Report of the Municipal Commissioner on the plague in Bombay for the year ending 31st May... - Volume 2
Disease focus: Plague
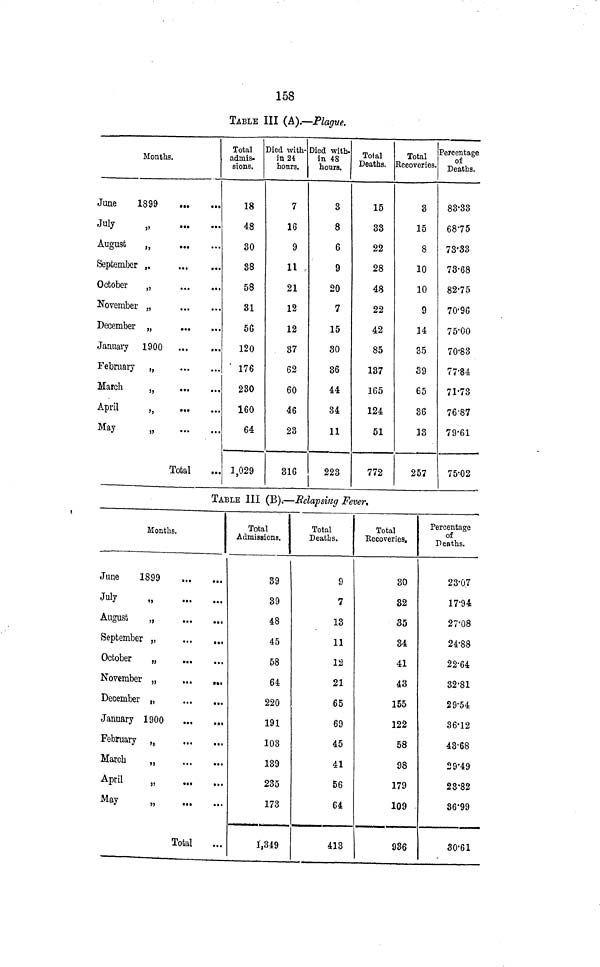
158
TABLE III (&).—Plague.
Months.
June
1899
July
„
August
„
September ,
October
„
,
November „
December „
January 1900
February
„
March
J}
April
,,
May
„
Total
Total .
admis-
sions.
18
48
30
88
58
31
5G
120
' 176
230
160
64
1,029
Died with-
in 24
honrs.
7
16
9
11 ,
21
12
12
37
62
60
46
23
316
Died With-
in 48
hours.
3
8
6
9
20
7
15
30
36
44
34
11
223
Total
Deaths.
15
33
22
28
48
22
42
85
137
165
124
51
772
Total
Recoveries.
3
15
8
10
10
9
14
35
39
65
36
13
257
Percentage
of
Deaths.
83-33
68-75
73-33
73-68
82-75
70-96
75-00
70-83
77-84
71-73
76-87
79-61
75-02
TABLE III (B).—Relapsing Fever*
Months.
June
1899
July
„
August
„
September „
October
„
November „
December „
January 1900
February „
March
„
April
„
May
„
Total
Total
Admissions.
39
39
48
45
58
64
220
191
103
139
235
173
1,349
Total
Deaths.
9
7
13
11
12
21
65
69
45
41
56
64
413
Total
Recoveries.
30
82
35
34
41
43
155
122
58
98
179
109
986
Percentage
of
Deaths.
23-07
17-94
27-08
24-88
22-64
32-81
29-54
36-12
43-68
29-49
23'82
36'99
30-61